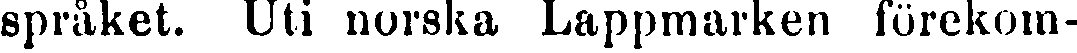
språket. Uti norska Lappmarken förekom-